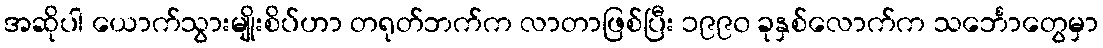
အဆိုပါ ယောက်သွားမျိုးစိပ်ဟာ တရုတ်ဘက်က လာတာဖြစ်ပြီး ၁၉၉၀ ခုနှစ်လောက်က သင်္ဘောတွေမှာ